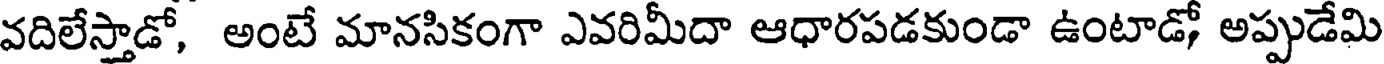
వదిలేస్తాడో, అంటే మానసికంగా ఎవరిమీదా ఆధారపడకుండా ఉంటాడో అప్పుడేమి